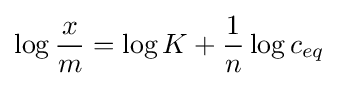
\log {\frac {x}{m}}=\log K+{\frac {1}{n}}\log c_{eq}